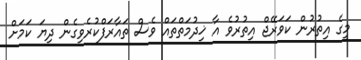
މީގެ އިތުރުން ކަވަރޭޖް އިތުރުވެ އާ ޚިދުމަތްތައް ވެސް ތައާރަފްކުރެވިގެން ދިޔަ ކަމަށް